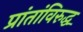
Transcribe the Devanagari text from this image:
प्रांतांविरुद्ध